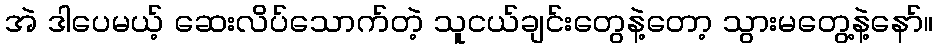
အဲ ဒါပေမယ့် ဆေးလိပ်သောက်တဲ့ သူငယ်ချင်းတွေနဲ့တော့ သွားမတွေ့နဲ့နော်။